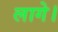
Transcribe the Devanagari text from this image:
लागे।